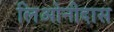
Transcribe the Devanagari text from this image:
लिओनीदास